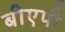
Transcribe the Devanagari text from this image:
बीएपी